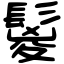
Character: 鬉